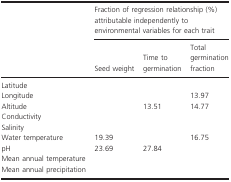
<table><thead><tr><td></td><td colspan="3"><b>Fraction of regression relationship (%) attributable independently to environmental variables for each trait</b></td></tr><tr><td></td><td><b>Seed weight</b></td><td><b>Time to germination</b></td><td><b>Total germination fraction</b></td></tr></thead><tbody><tr><td>Latitude</td><td></td><td></td><td></td></tr><tr><td>Longitude</td><td></td><td></td><td>13.97</td></tr><tr><td>Altitude</td><td></td><td>13.51</td><td>14.77</td></tr><tr><td>Conductivity</td><td></td><td></td><td></td></tr><tr><td>Salinity</td><td></td><td></td><td></td></tr><tr><td>Water temperature</td><td>19.39</td><td></td><td>16.75</td></tr><tr><td>pH</td><td>23.69</td><td>27.84</td><td></td></tr><tr><td>Mean annual temperature</td><td></td><td></td><td></td></tr><tr><td>Mean annual precipitation</td><td></td><td></td><td></td></tr></tbody></table>